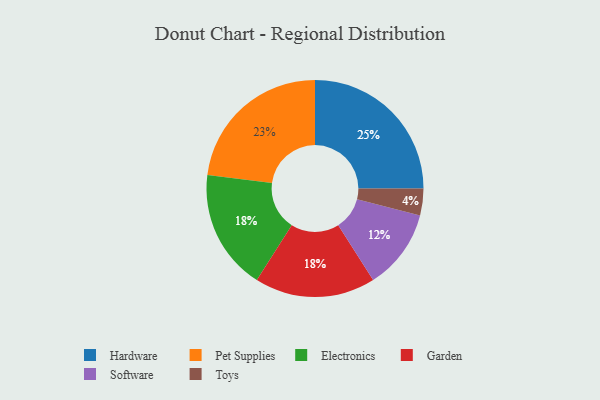
{"axis": {"x": "Category", "y": "Percentage"}, "legend": ["Electronics", "Garden", "Hardware", "Pet Supplies", "Software", "Toys"], "data": [{"x": "Electronics", "y": 18, "type": "Electronics"}, {"x": "Pet Supplies", "y": 23, "type": "Pet Supplies"}, {"x": "Hardware", "y": 25, "type": "Hardware"}, {"x": "Garden", "y": 18, "type": "Garden"}, {"x": "Software", "y": 12, "type": "Software"}, {"x": "Toys", "y": 4, "type": "Toys"}]}